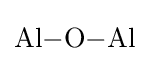
{\mathrm {Al} {-}\mathrm {O} {-}\mathrm {Al} }